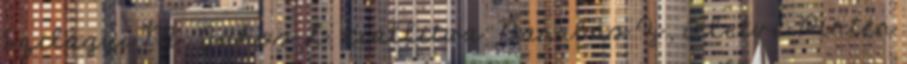
Szilágyi M., Juhos L. Kiállítva: Barabás Z., illetve Pintér